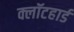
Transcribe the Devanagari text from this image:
क्लॉटहार्ड